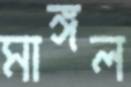
মাঙ্গল